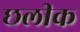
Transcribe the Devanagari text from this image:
छलीक